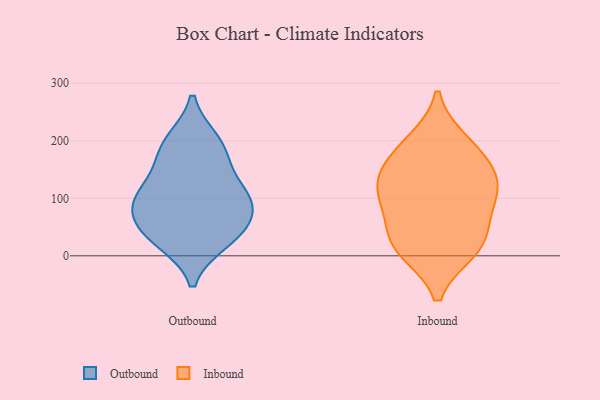
{"axis": {"x": "Population (Million)", "y": "Value"}, "legend": ["Inbound", "Outbound"], "data": [{"x": "", "y": 199, "type": "Outbound"}, {"x": "", "y": 95, "type": "Outbound"}, {"x": "", "y": 110, "type": "Outbound"}, {"x": "", "y": 65, "type": "Outbound"}, {"x": "", "y": 164, "type": "Outbound"}, {"x": "", "y": 90, "type": "Outbound"}, {"x": "", "y": 191, "type": "Outbound"}, {"x": "", "y": 26, "type": "Outbound"}, {"x": "", "y": 112, "type": "Outbound"}, {"x": "", "y": 46, "type": "Outbound"}, {"x": "", "y": 32, "type": "Outbound"}, {"x": "", "y": 15, "type": "Inbound"}, {"x": "", "y": 198, "type": "Inbound"}, {"x": "", "y": 151, "type": "Inbound"}, {"x": "", "y": 184, "type": "Inbound"}, {"x": "", "y": 137, "type": "Inbound"}, {"x": "", "y": 112, "type": "Inbound"}, {"x": "", "y": 113, "type": "Inbound"}, {"x": "", "y": 10, "type": "Inbound"}, {"x": "", "y": 93, "type": "Inbound"}, {"x": "", "y": 55, "type": "Inbound"}, {"x": "", "y": 21, "type": "Inbound"}]}